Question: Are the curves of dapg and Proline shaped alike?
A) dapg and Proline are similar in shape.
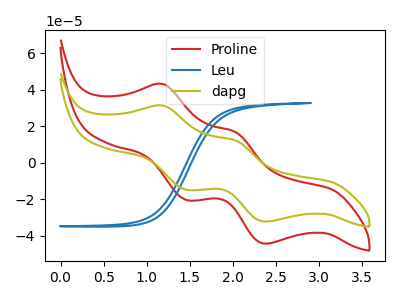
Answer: <think>The red curve "Proline" has anodic peaks at (1.20V, 43.20uA) (2.05V, 16.95uA) and cathodic peaks at (1.45V, -20.45uA) (2.40V, -44.40uA). The blue curve "Leu" has no peaks. The olive curve "dapg" has anodic peaks at (1.20V, 31.40uA) (2.05V, 12.30uA) and cathodic peaks at (1.45V, -14.85uA) (2.40V, -32.25uA).
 All the peaks in "dapg" have a peak in "Proline" at the same potential. Every peak in "dapg" is lower than every peak in "Proline".</think>
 <answer>A) "dapg" and "Proline" are similar in shape.</answer>
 <eval>A</eval>